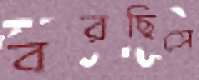
বরছিসে